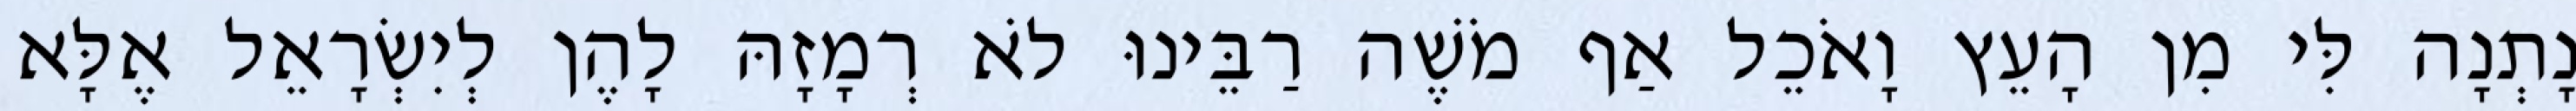
נָתְנָה לִּי מִן הָעֵץ וָאֹכֵל אַף מֹשֶׁה רַבֵּינוּ לֹא רְמָזָהּ לָהֶן לְיִשְׂרָאֵל אֶלָּא